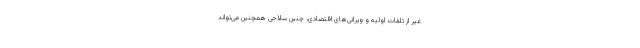
غیر از تلفات اولیه و ویرانی‌های اقتصادی، چنین سلاحی همچنین می‌تواند